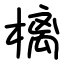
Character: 樆